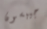
جيبسون